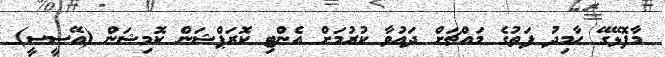
މާފޮޅޭގޭ ހާމިދު ފަތުގެ މައްޗަށް ދައުވާ ކުރުމަށް އެންޓި ކޮރަޕްޝަން ކޮމިޝަން (އޭސީސީ)